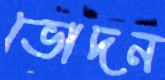
ভোদন